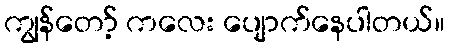
ကျွန်တော့် ကလေး ပျောက်နေပါတယ်။